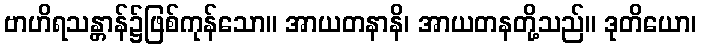
ဗာဟိရသန္တာန်၌ဖြစ်ကုန်သော။ အာယတနာနိ၊ အာယတနတို့သည်။ ဒုတိယော၊